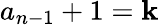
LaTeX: a_{n-1}+1=\mathbf{k}